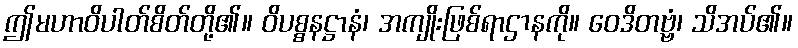
ဤမဟာဝိပါတ်စိတ်တို့၏။ ဝိပစ္စနဋ္ဌာနံ၊ အကျိုးဖြစ်ရာဌာနကို။ ဝေဒိတဗ္ဗံ၊ သိအပ်၏။